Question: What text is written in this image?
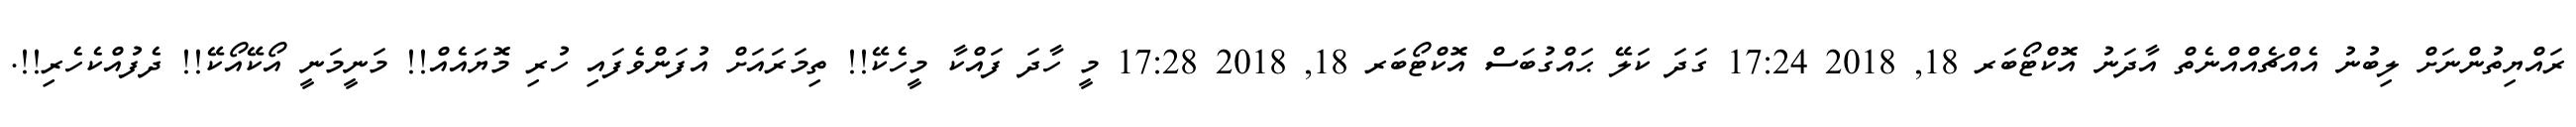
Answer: ރައްޔިތުންނަށް ލިބުނު އެއްޗެއްއްނެތް އާދަނު އޮކްޓޯބަރ 18, 2018 17:24 ގަދަ ކަލޭ ޙައްގުބަސް އޮކްޓޯބަރ 18, 2018 17:28 މީ ހާދަ ފައްކާ މީހެކޭ!! ތިމަރައަށް އުފަންވެފައި ހުރި މޮޔައެއް!! މަނީމަނީ އޯކޭއޯކޭ!! ދެފުއްކެހެރި!!.